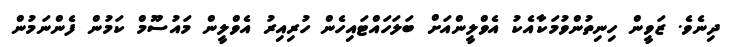
ދިނެވެ. ޒަވީން ހިނިތުންވުމަކާއެކު އެވްލީންއަށް ބަލަހައްޓައިހެން ހުރިއިރު އެވްލީން މައުސޫމް ކަމުން ފެންނަމުން